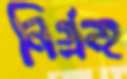
নির্গ্রন্হ